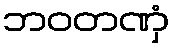
ဘဝတဏှံ